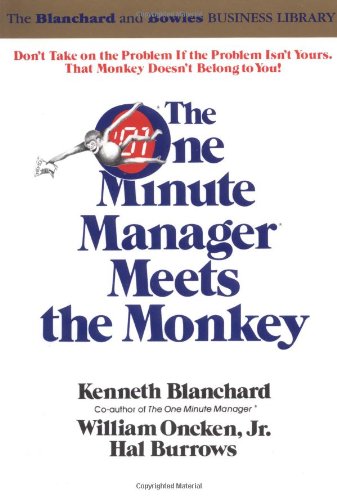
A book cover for The One Minute Manager Meets the Monkey; Ken Blanchard; Business & Money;